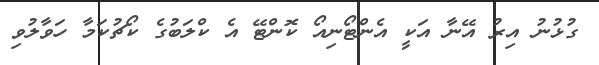
ގުޅުނު އިރު އޭނާ އަކީ އެންޓޯނިއޯ ކޮންޓޭ އެ ކްލަބުގެ ކޯޗުކަމާ ހަވާލުވި